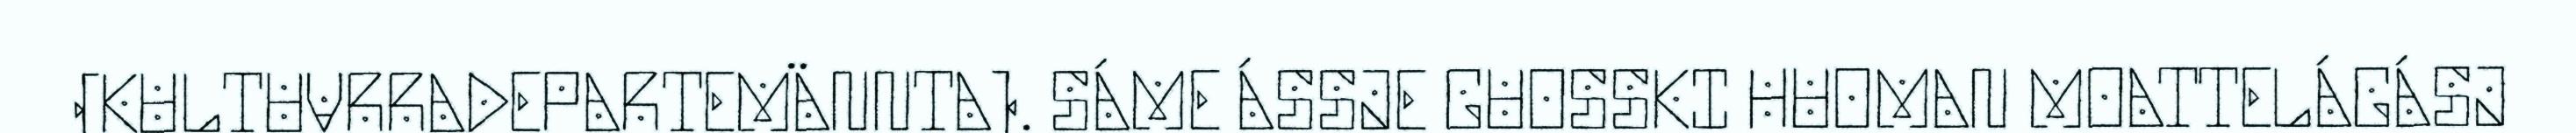
(KULTUVRRADEPARTEMÄNNTA). SÁME ÁSSJE GUOSSKI HUOMAN MOATTELÁGÁSJ